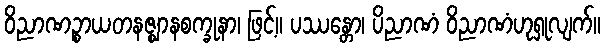
ဝိညာဏဉ္စာယတနဇ္ဈာနစက္ခုနာ၊ ဖြင့်။ ပဿန္တော၊ ပိညာဏံ ဝိညာဏံဟုရှုလျက်။